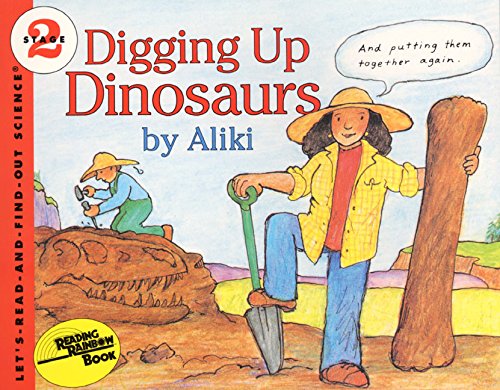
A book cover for Digging Up Dinosaurs (Let's-Read-and-Find-Out Science 2); Aliki; Children's Books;